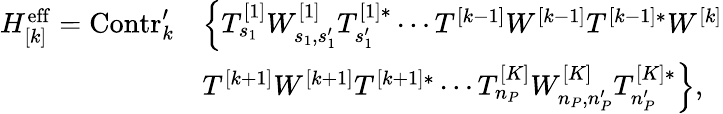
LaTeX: \begin{array}{rl}{H_{[k]}^{\mathrm{eff}}=\mathrm{Contr}_{k}^{\prime}}&{\left\{ T_{s_{1}}^{[1]}W_{s_{1},s_{1}^{\prime}}^{[1]}T_{s_{1}^{\prime}}^{[1]*}\cdots T^{[k-1]}W^{[k-1]}T^{[k-1]*}W^{[k]}\right.}\\ &{\left.T^{[k+1]}W^{[k+1]}T^{[k+1]*}\cdots T_{n_{P}}^{[K]}W_{n_{P},n_{P}^{\prime}}^{[K]}T_{n_{P}^{\prime}}^{[K]*}\right\} ,}\end{array}